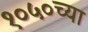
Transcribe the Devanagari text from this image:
१०५०च्या